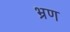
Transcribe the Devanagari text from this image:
भ्रण